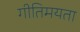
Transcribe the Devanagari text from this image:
गीतिमयता